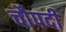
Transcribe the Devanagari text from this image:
चौपदी